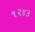
૧૨૪૩